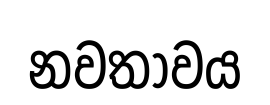
නවතාවය